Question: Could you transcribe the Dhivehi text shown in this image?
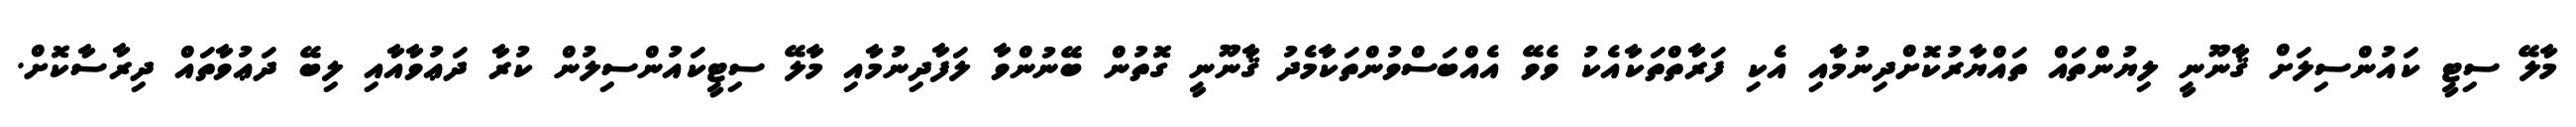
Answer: މާލޭ ސިޓީ ކައުންސިލަށް ޤާނޫނީ ލިޔުންތައް ތައްޔާރުކޮށްދިނުމާއި އެކި ފަރާތްތަކާއެކު ވެވޭ އެއްބަސްވުންތަކާމެދު ޤާނޫނީ ގޮތުން ބޭނުންވާ ލަފާދިނުމާއި މާލޭ ސިޓީކައުންސިލުން ކުރާ ދަޢުވާއާއި ލިބޭ ދަޢުވާތައް ދިރާސާކޮށް.